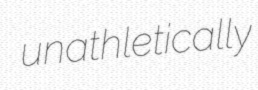
unathletically